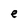
Character: e